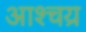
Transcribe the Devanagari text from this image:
आश्चय्र